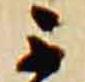
不